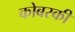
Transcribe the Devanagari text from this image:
कोबस्की